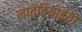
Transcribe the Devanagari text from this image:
लातवियाईयों